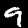
Label: 9